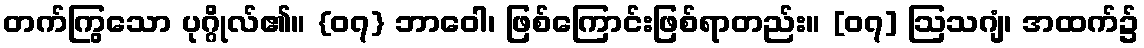
တက်ကြွသော ပုဂ္ဂိုလ်၏။ {၀၇} ဘာဝေါ၊ ဖြစ်ကြောင်းဖြစ်ရာတည်း။ [၀၇] ဩသဂျံ၊ အထက်၌